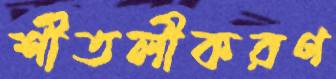
শীতলীকরণ